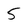
Character: 5